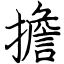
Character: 擔